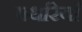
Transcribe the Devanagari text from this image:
पथरियाँ